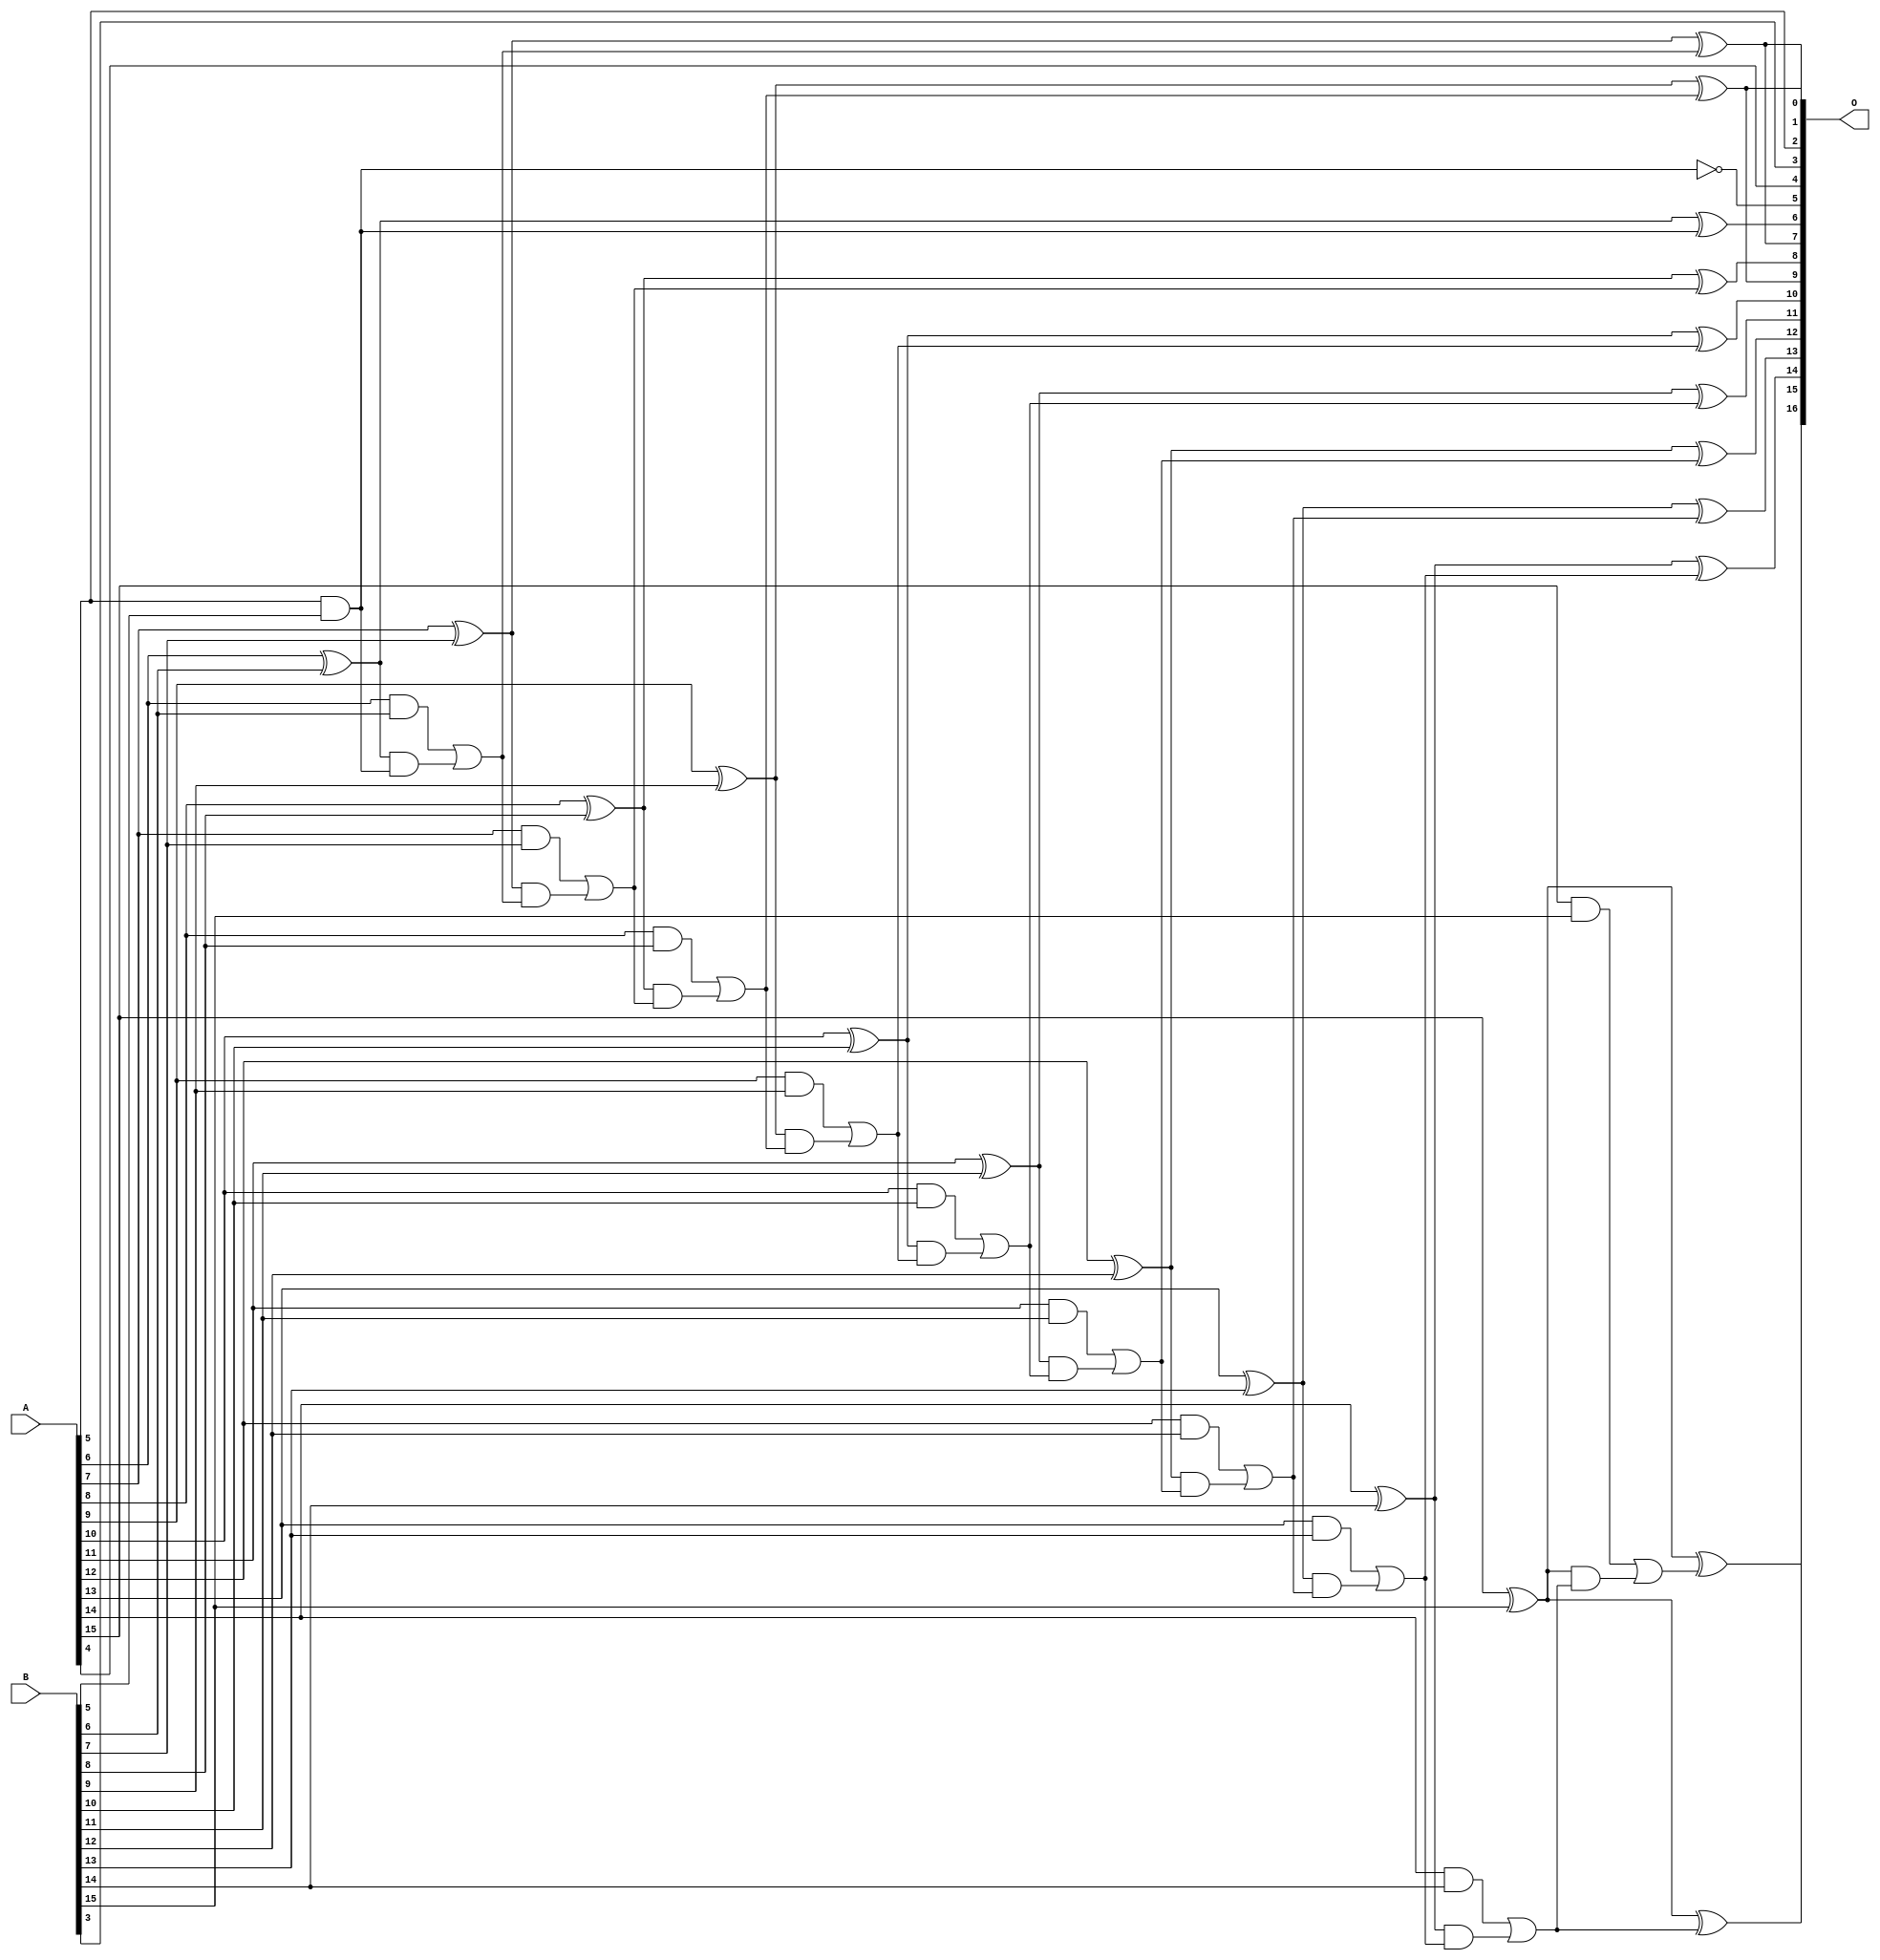
// This program was cloned from: https://github.com/ehw-fit/evoapproxlib
// License: MIT License

/***
* This code is a part of EvoApproxLib library (ehw.fit.vutbr.cz/approxlib) distributed under The MIT License.
* When used, please cite the following article(s): V. Mrazek, L. Sekanina, Z. Vasicek "Libraries of Approximate Circuits: Automated Design and Application in CNN Accelerators" IEEE Journal on Emerging and Selected Topics in Circuits and Systems, Vol 10, No 4, 2020 
* This file contains a circuit from a sub-set of pareto optimal circuits with respect to the pwr and mae parameters
***/
// MAE% = 0.023 %
// MAE = 15 
// WCE% = 0.058 %
// WCE = 38 
// WCRE% = 3100.00 %
// EP% = 97.95 %
// MRE% = 0.48 %
// MSE = 312 
// PDK45_PWR = 0.048 mW
// PDK45_AREA = 97.1 um2
// PDK45_DELAY = 0.87 ns

module add16se_2JB (
    A,
    B,
    O
);

input [15:0] A;
input [15:0] B;
output [16:0] O;

wire sig_55,sig_57,sig_59,sig_60,sig_61,sig_62,sig_63,sig_64,sig_65,sig_66,sig_67,sig_68,sig_69,sig_70,sig_71,sig_72,sig_73,sig_74,sig_75,sig_76;
wire sig_77,sig_78,sig_79,sig_80,sig_81,sig_82,sig_83,sig_84,sig_85,sig_86,sig_87,sig_88,sig_89,sig_90,sig_91,sig_92,sig_93,sig_94,sig_95,sig_96;
wire sig_97,sig_98,sig_99,sig_100,sig_101,sig_102,sig_103,sig_104,sig_105,sig_106,sig_107,sig_108,sig_109,sig_110;

assign sig_55 = A[5] & B[5];
assign sig_57 = ~(A[5] & B[5]);
assign sig_59 = A[6] ^ B[6];
assign sig_60 = A[6] & B[6];
assign sig_61 = sig_59 & sig_55;
assign sig_62 = sig_59 ^ sig_55;
assign sig_63 = sig_60 | sig_61;
assign sig_64 = A[7] ^ B[7];
assign sig_65 = A[7] & B[7];
assign sig_66 = sig_64 & sig_63;
assign sig_67 = sig_64 ^ sig_63;
assign sig_68 = sig_65 | sig_66;
assign sig_69 = A[8] ^ B[8];
assign sig_70 = A[8] & B[8];
assign sig_71 = sig_69 & sig_68;
assign sig_72 = sig_69 ^ sig_68;
assign sig_73 = sig_70 | sig_71;
assign sig_74 = A[9] ^ B[9];
assign sig_75 = A[9] & B[9];
assign sig_76 = sig_74 & sig_73;
assign sig_77 = sig_74 ^ sig_73;
assign sig_78 = sig_75 | sig_76;
assign sig_79 = A[10] ^ B[10];
assign sig_80 = A[10] & B[10];
assign sig_81 = sig_79 & sig_78;
assign sig_82 = sig_79 ^ sig_78;
assign sig_83 = sig_80 | sig_81;
assign sig_84 = A[11] ^ B[11];
assign sig_85 = A[11] & B[11];
assign sig_86 = sig_84 & sig_83;
assign sig_87 = sig_84 ^ sig_83;
assign sig_88 = sig_85 | sig_86;
assign sig_89 = A[12] ^ B[12];
assign sig_90 = A[12] & B[12];
assign sig_91 = sig_89 & sig_88;
assign sig_92 = sig_89 ^ sig_88;
assign sig_93 = sig_90 | sig_91;
assign sig_94 = A[13] ^ B[13];
assign sig_95 = A[13] & B[13];
assign sig_96 = sig_94 & sig_93;
assign sig_97 = sig_94 ^ sig_93;
assign sig_98 = sig_95 | sig_96;
assign sig_99 = A[14] ^ B[14];
assign sig_100 = A[14] & B[14];
assign sig_101 = sig_99 & sig_98;
assign sig_102 = sig_99 ^ sig_98;
assign sig_103 = sig_100 | sig_101;
assign sig_104 = A[15] ^ B[15];
assign sig_105 = A[15] & B[15];
assign sig_106 = sig_104 & sig_103;
assign sig_107 = sig_104 ^ sig_103;
assign sig_108 = sig_105 | sig_106;
assign sig_109 = A[15] ^ B[15];
assign sig_110 = sig_109 ^ sig_108;

assign O[16] = sig_110;
assign O[15] = sig_107;
assign O[14] = sig_102;
assign O[13] = sig_97;
assign O[12] = sig_92;
assign O[11] = sig_87;
assign O[10] = sig_82;
assign O[9] = sig_77;
assign O[8] = sig_72;
assign O[7] = sig_67;
assign O[6] = sig_62;
assign O[5] = sig_57;
assign O[4] = A[4];
assign O[3] = B[3];
assign O[2] = A[5];
assign O[1] = sig_67;
assign O[0] = sig_77;

endmodule